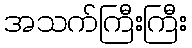
အသက်ကြီးကြီး